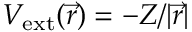
{ V _ { \mathrm { e x t } } ( \vec { r } ) = - Z / | \vec { r } | }